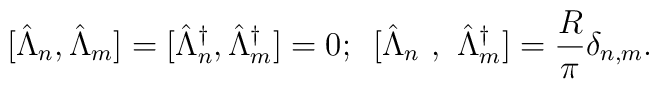
\mbox [\hat{\Lambda}_{n},\hat{\Lambda}_{m}]= [\hat{\Lambda}_{n}^{\dagger},\hat{\Lambda}_{m}^{\dagger}]=0; \,\,\,[\hat{\Lambda}_{n}\,\,,\,\,\hat{\Lambda}_{m}^{\dagger}]= \frac {R}{\pi} \delta_{n,m}.